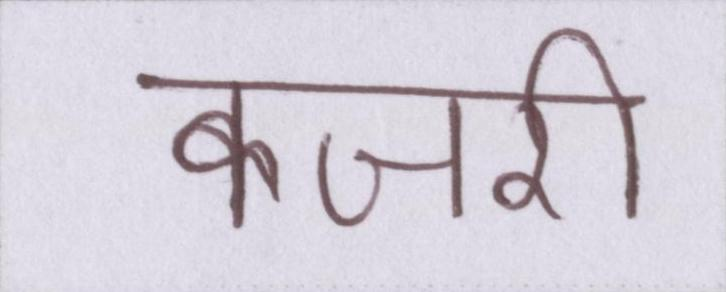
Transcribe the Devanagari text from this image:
कजरी